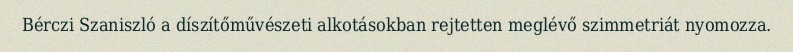
Bérczi Szaniszló a díszítőművészeti alkotásokban rejtetten meglévő szimmetriát nyomozza.